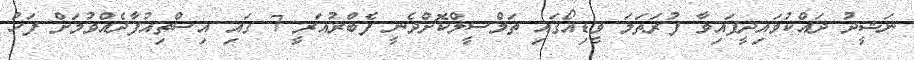
ނަޝީދު ދައްކުވައިދީފައިވާ ފުރަތަމަ ވީޑިއޯގައި ތަމްސީލްކޮށްދެނީ ފެބްރުއަރީ 7 ގައި އިސްތިއުފާދެއްވުމަށް ފަހު